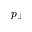
p _ { \perp }